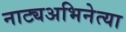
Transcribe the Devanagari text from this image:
नाट्यअभिनेत्या